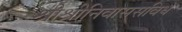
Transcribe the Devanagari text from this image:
श्रीश्रीनिवाससविधे